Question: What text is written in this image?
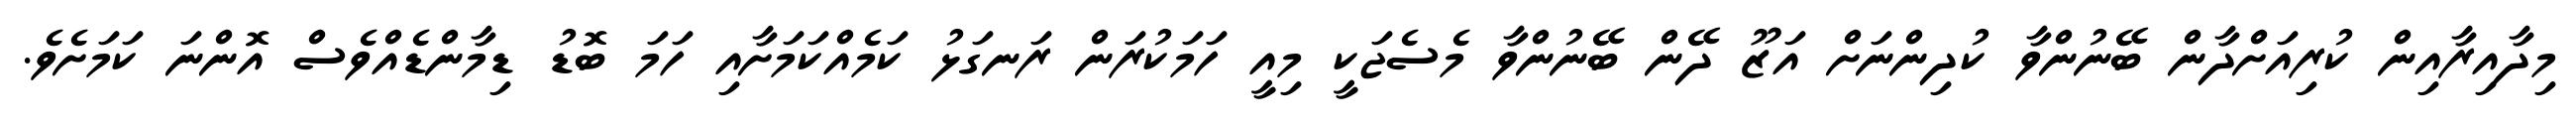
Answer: މިދާއިރާއިން ކުރިއަށްދާން ބޭނުންވާ ކުދިންނަށް އަޒޫ ދޭން ބޭނުންވާ މެސެޖަކީ މިއީ ހަމަކުރަން ރަނގަޅު ކަމެއްކަމަށާއި ހަމަ ބޮޑު ޑިމާންޑެއްވެސް އޮންނަ ކަމަށެވެ.